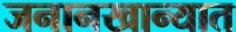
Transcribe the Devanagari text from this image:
जनानखान्यात